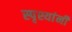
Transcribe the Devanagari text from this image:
स्पृश्यांनी